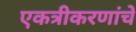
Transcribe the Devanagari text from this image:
एकत्रीकरणांचे